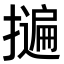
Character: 𭢬